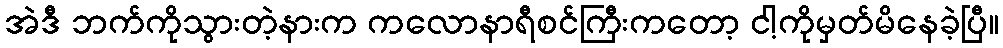
အဲဒီ ဘက်ကိုသွားတဲ့နားက ကလောနာရီစင်ကြီးကတော့ ငါ့ကိုမှတ်မိနေခဲ့ပြီ။